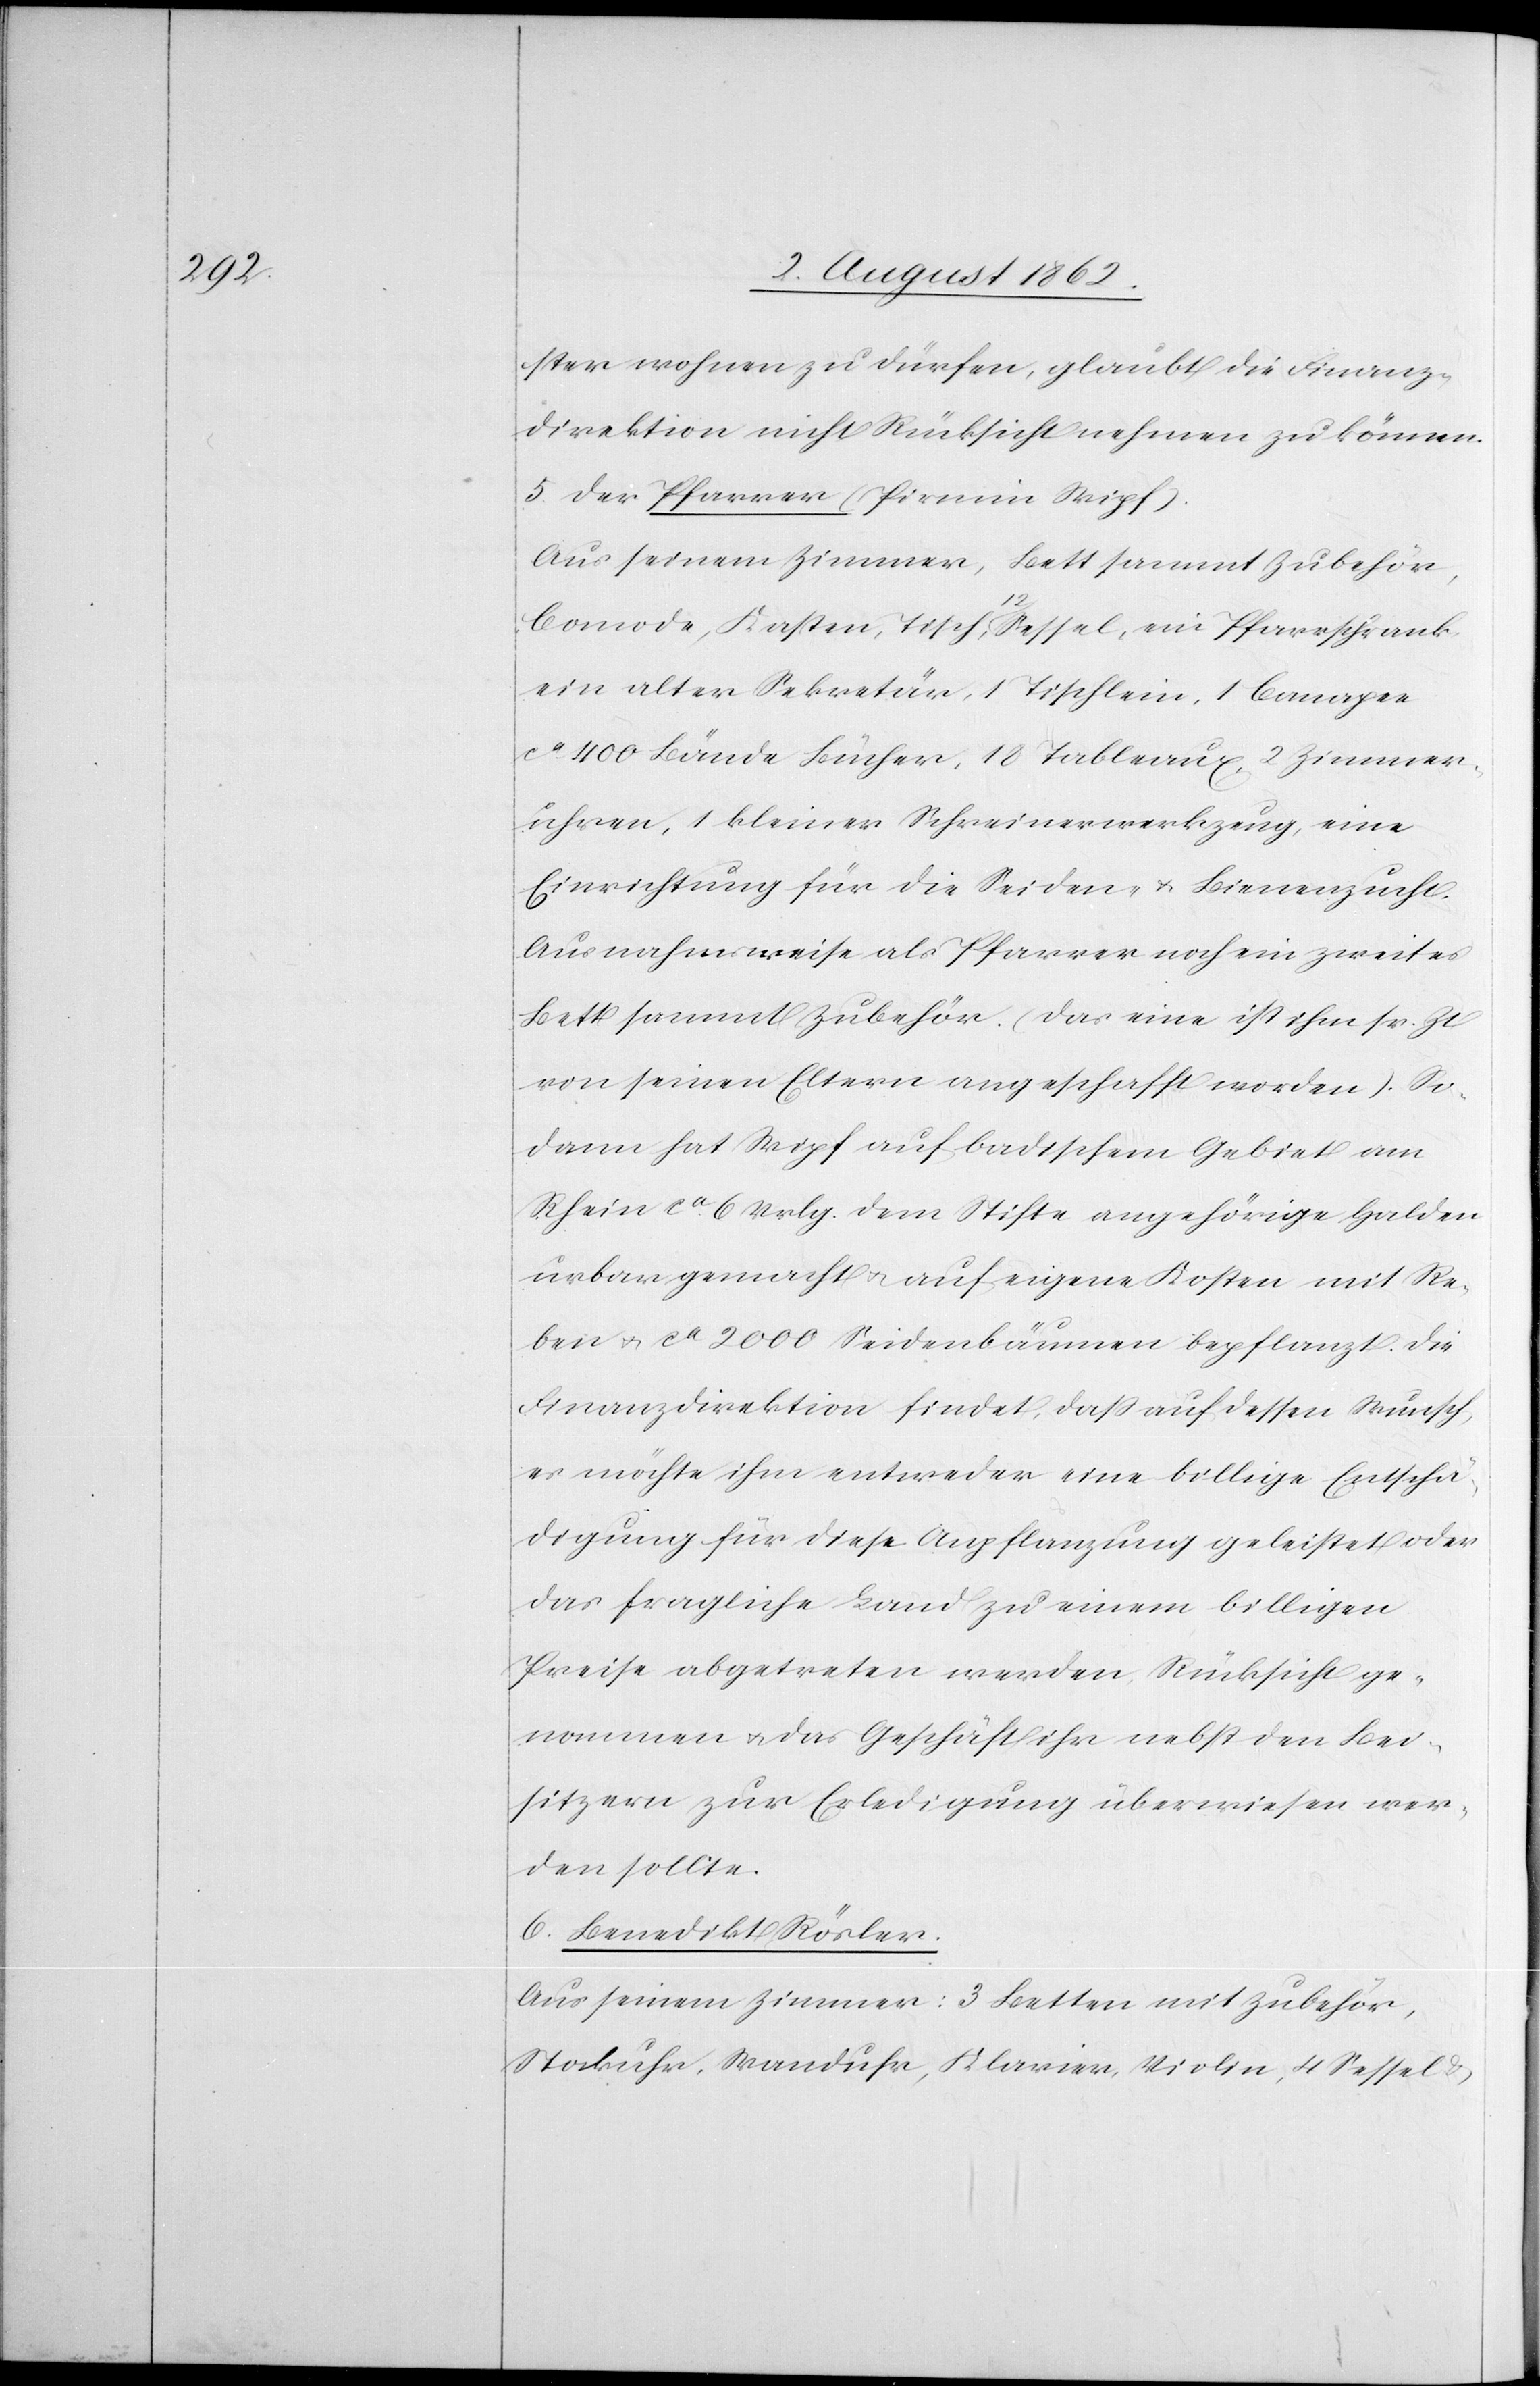
ster wohnen zu dürfen, glaubt die Finanz¬
direktion nicht Rücksicht nehmen zu können.
5. Der Pfarrer (Pirmin Wipf).
Aus seinem Zimmer, Bett sammt Zubehör,
Comode, Kasten, Tisch, 12 Sessel, ein Pfarrschank,
ein alter Sekretär, 1 Tischlein, 1 Canapee
ca 400 Bände Bücher, 18 Tableaux, 2 Zimmer¬
uhren, 1 kleines Schreinerwerkzeug, eine
Einrichtung für die Seiden- u. Bienenzucht.
Ausnahmsweise als Pfarrer noch ein zweites
Bett sammt Zubehör (das eine ist ihm sr. Zt.
von seinen Eltern angeschafft worden). So¬
dann hat Wipf auf badischem Gebiet am
Rhein ca 6 Vrlg. dem Stifte angehörige Halden
urbar gemacht u. auf eigene Kosten mit Re¬
ben u. ca 2000 Seidenbäumen bepflanzt. Die
Finanzdirektion findet, daß auf dessen Wunsch,
es möchte ihm entweder eine billige Entschä¬
digung für diese Anpflanzung geleistet oder
das fragliche Land zu einem billigen
Preise abgetreten werden, Rücksicht ge¬
nommen u. das Geschäft ihr nebst den Bei¬
sitzern zur Erledigung überwiesen wer¬
den sollte.
6. Benedikt Rösler.
Aus seinem Zimmer: 3 Betten mit Zubehör,
Stockuhr, Wanduhr, Klavier, Violin, 4 Sessel u.